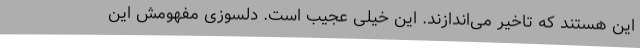
این هستند که تاخیر می‌اندازند. این خیلی عجیب است. دلسوزی مفهومش این